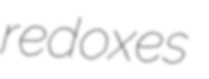
redoxes